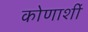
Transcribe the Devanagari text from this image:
कोणाशीं